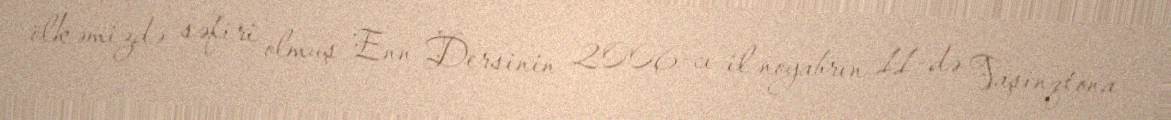
ölkəmizdə səfiri olmuş Enn Dersinin 2006-cı il noyabrın 11-də Vaşinqtona